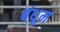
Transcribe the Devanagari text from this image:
बंधूम